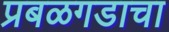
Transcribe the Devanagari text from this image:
प्रबळगडाचा